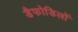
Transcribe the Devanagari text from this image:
डैफोडिलों